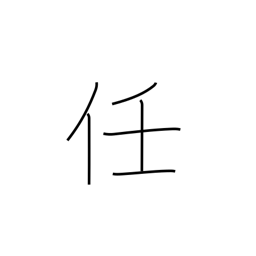
Meaning: responsibility